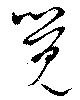
覚